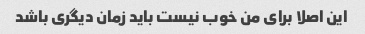
این اصلا برای من خوب نیست باید زمان دیگری باشد